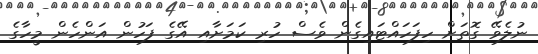
ނުލެވޭ ގޮތަށް ހިފަހައްޓައިގެން ވެސް ހުރި ކަމަށާއި އޭގެ ފަހުން އަންހެން މީހާގެ